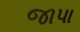
જાપા